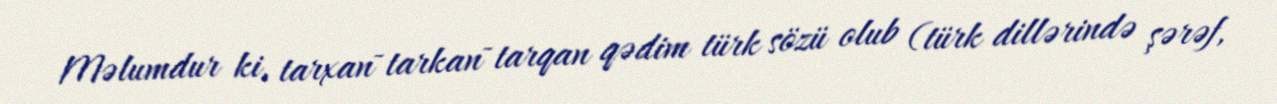
Məlumdur ki, tarxan~tarkan~tarqan qədim türk sözü olub (türk dillərində şərəf,